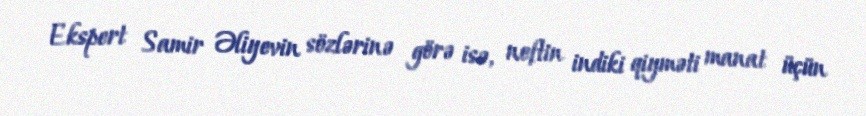
Ekspert Samir Əliyevin sözlərinə görə isə, neftin indiki qiyməti manat üçün